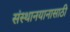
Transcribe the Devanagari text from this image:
संस्थानयानासाठी